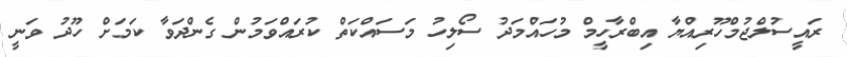
ރައީސުލްޖުމްހޫރިއްޔާ އިބްރާހީމް މުހައްމަދު ސޯލިހު މަސައްކަތް ކުރައްވަމުން ގެންދަވާ ކަމަށް ހޫދު ވަނީ